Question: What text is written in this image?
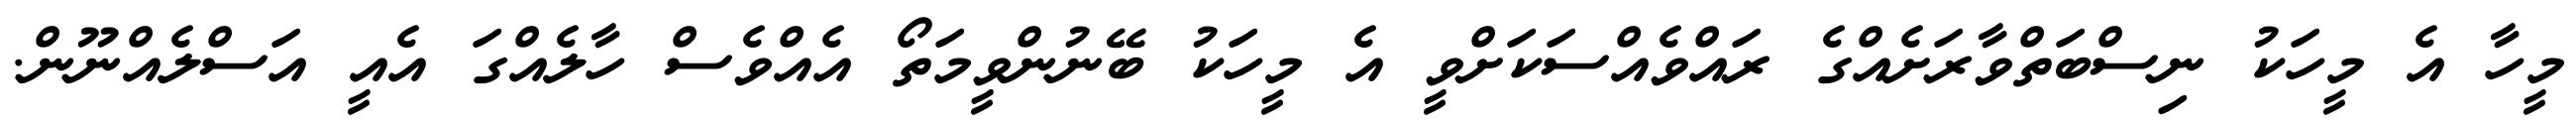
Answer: މީހާ އެ މީހަކު ނިސްބަތްވާރަށެއްގެ ރައްވެއްސަކަށްވީ އެ މީހަކު ބޭނުންވީމަތޯ އެއްވެސް ހާލެއްގަ އެއީ އަސްލެއްނޫން.